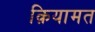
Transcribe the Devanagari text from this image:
क़ियामत